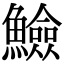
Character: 䲓